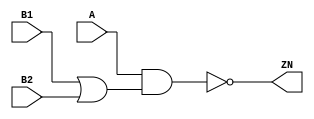
module OAI21_X4 (A, B1, B2, ZN);
  input A;
  input B1;
  input B2;
  output ZN;

  not(ZN, i_8);
  and(i_8, A, i_9);
  or(i_9, B1, B2);


endmodule